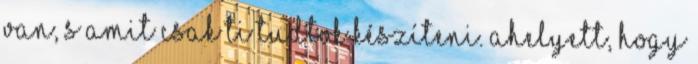
van, s amit csak ti tudtok készíteni. Ahelyett, hogy